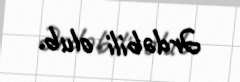
Ərdəbili olub.